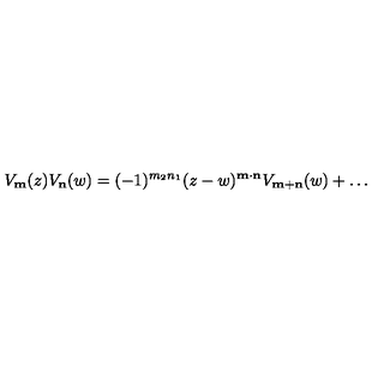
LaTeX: V _ { \bf m } ( z ) V _ { \bf n } ( w ) = ( - 1 ) ^ { m _ { 2 } n _ { 1 } } ( z - w ) ^ { \bf m \cdot n } V _ { \bf m + n } ( w ) + \ldots